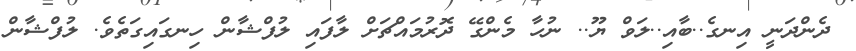
ދެންދަނީ އިނގެ..ބާއި..ލަވް ޔޫ.. ނުހާ މެންގޭ ދޮރުމައްޗަށް ލާފައި ލުފްޝާން ހިނގައިގަތެވެ. ލުފްޝާން